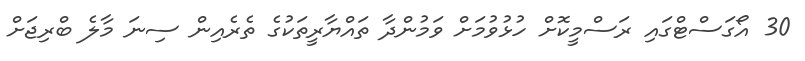
30 އޯގަސްޓްގައި ރަސްމީކޮށް ހުޅުވުމަށް ވަމުންދާ ތައްޔާރީތަކުގެ ތެރެއިން ސިނަ މާލެ ބްރިޖަށް